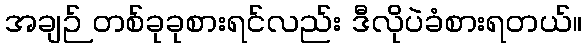
အချဉ် တစ်ခုခုစားရင်လည်း ဒီလိုပဲခံစားရတယ်။